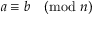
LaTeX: a \equiv b { \pmod { n } }